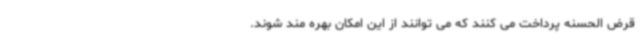
قرض الحسنه پرداخت می کنند که می توانند از این امکان بهره مند شوند.